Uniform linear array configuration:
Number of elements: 12
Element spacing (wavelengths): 0.5
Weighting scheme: blackman
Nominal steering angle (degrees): -60
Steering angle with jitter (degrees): -59.217
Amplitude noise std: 0.05
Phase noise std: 0.05

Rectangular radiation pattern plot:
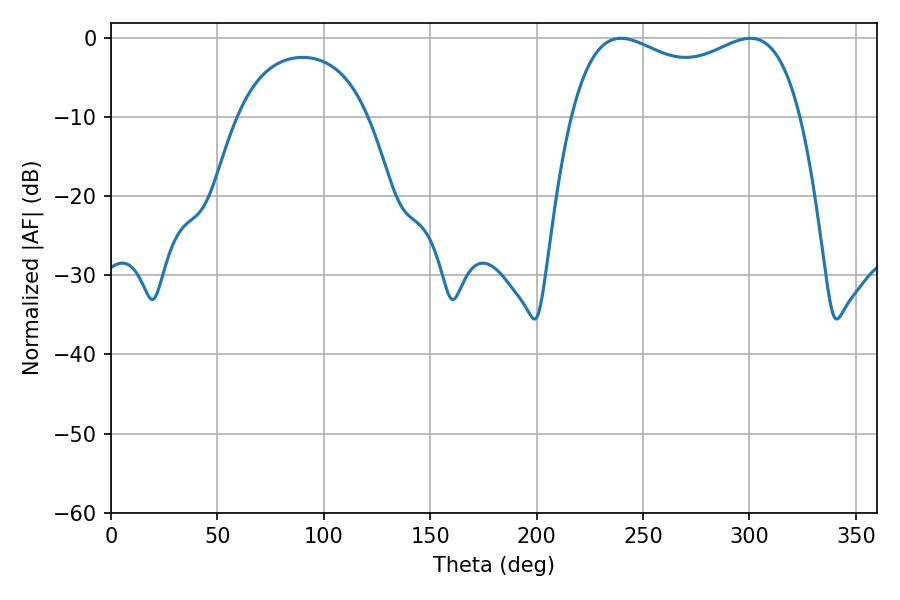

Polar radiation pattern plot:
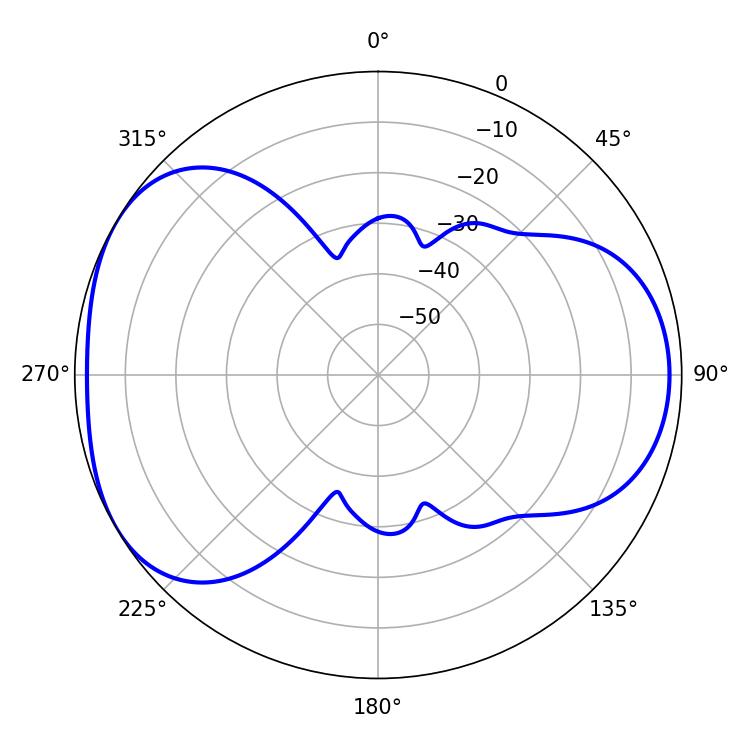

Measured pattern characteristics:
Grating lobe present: FALSE
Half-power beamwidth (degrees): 89.28
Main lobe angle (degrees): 239.58